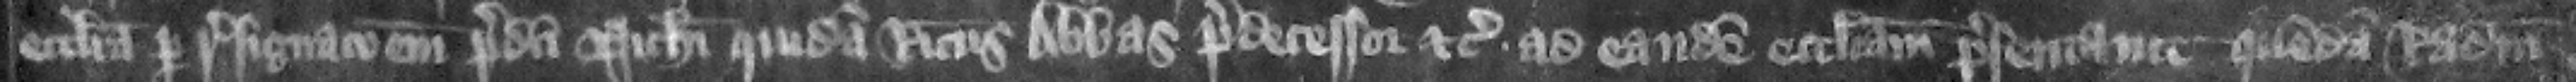
ecclesia per resignacionem predicti Nicholai quidam Ricardus abbas predecessor etc. ad eandem ecclesiam presentauit quemdam Radulfum